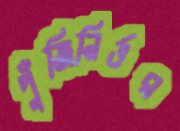
পুঁজিনির্ভর